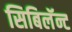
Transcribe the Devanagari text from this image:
सिबिलॅन्ट